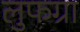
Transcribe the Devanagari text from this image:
लुफग्रा